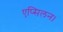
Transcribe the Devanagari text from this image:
एप्सिलन।